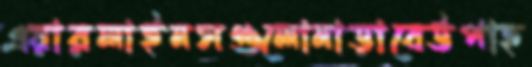
এয়ারলাইনসগুলোনাড়াবেউপাহ